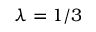
\lambda = 1 / 3